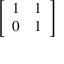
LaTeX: \left[ \begin{array} { l l } { 1 } & { 1 } \\ { 0 } & { 1 } \end{array} \right]